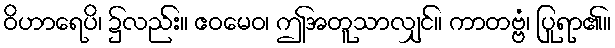
ဝိဟာရေပိ၊ ၌လည်း။ ဧဝမေဝ၊ ဤအတူသာလျှင်။ ကာတဗ္ဗံ၊ ပြုရာ၏။